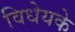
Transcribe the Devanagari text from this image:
विधेयके